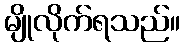
မျိုလိုက်ရသည်။